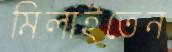
মিলাইতেন